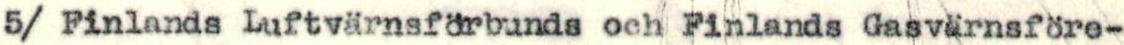
5/ Finlands Luftvärnsförbunds och Finlands Gasvärnsföre-